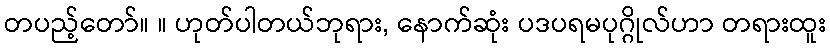
တပည့်တော်။ ။ ဟုတ်ပါတယ်ဘုရား, နောက်ဆုံး ပဒပရမပုဂ္ဂိုလ်ဟာ တရားထူး